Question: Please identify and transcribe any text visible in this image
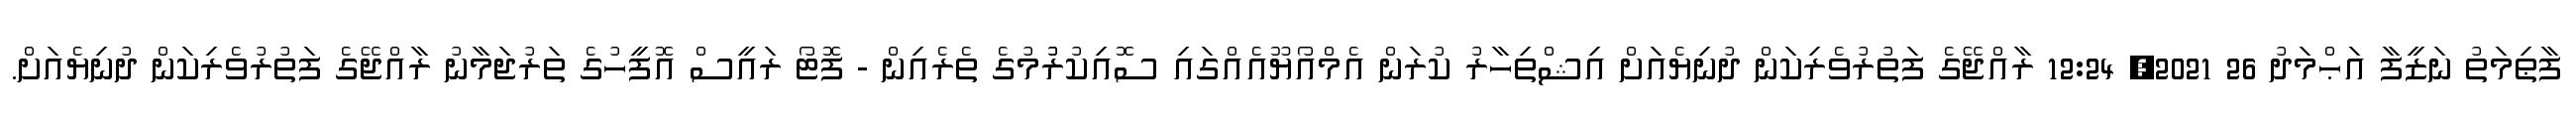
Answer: ފާޠިމަތު ނަޒީފާ އަޙްމަދު 26 2021, 12:24 ރާއްޖޭގެ ފަތުރުވެރިކަން ދުނިޔެއަށް އިޝްތިހާރު ކުރަން އެމްއޯޔޫއެއްގައި ސޮއިކުރުުމުގެ ތެރެއިން - ފޮޓޯ ރައީސް އޮފީހުގެ ތަރުޖަމާނު ރާއްޖޭގެ ފަތުރުވެރިކަން ދުނިޔެއަށް.